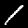
Label: 1